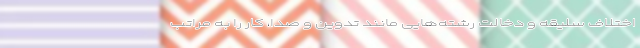
اختلاف سلیقه و دخالت رشته‌هایی مانند تدوین و صدا، کار را به مراتب